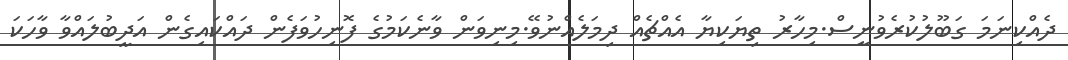
ދެއްކިނަމަ ގަބޫލުކުރެވުނީސް.މިހާރު ތިޔަކިޔާ އެއްޗެއް ދިމަލެއްނުވޭ.މިނިވަން ވާނެކަމުގެ ފޮނިހުވަފެން ދައްކައިގެން އަދީބުލައްވާ ވާހަކަ